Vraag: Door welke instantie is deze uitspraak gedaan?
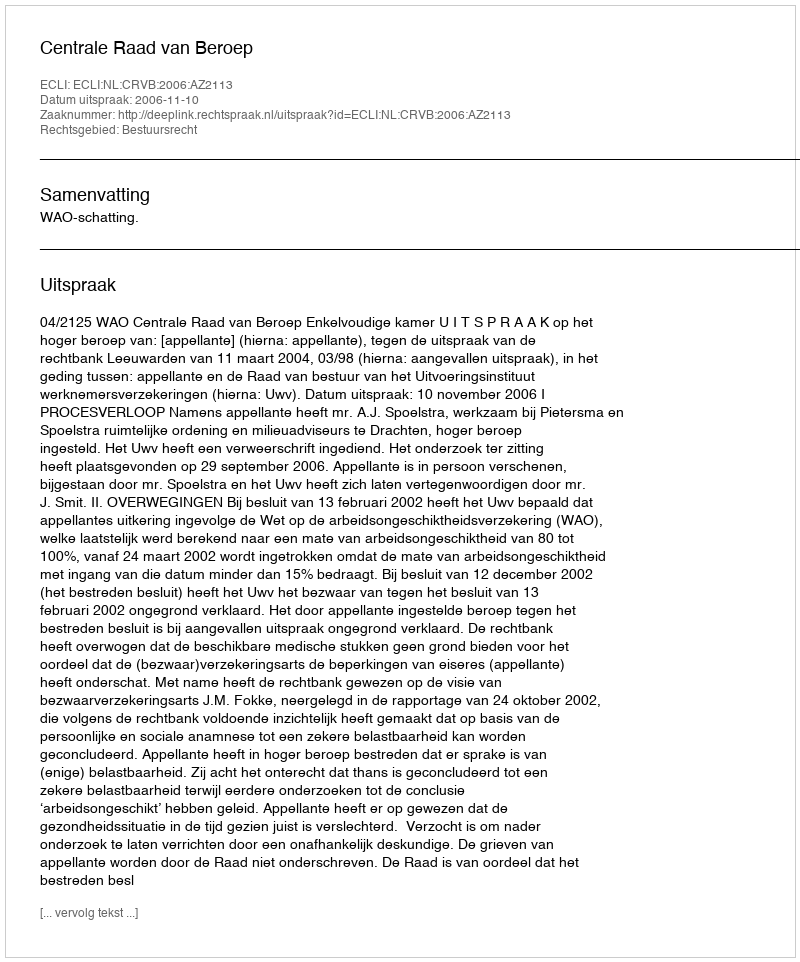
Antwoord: Centrale Raad van Beroep